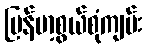
မြန်မာ့စွယ်စုံကျမ်း